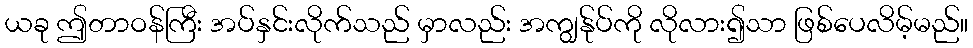
ယခု ဤတာဝန်ကြီး အပ်နှင်းလိုက်သည် မှာလည်း အကျွန်ုပ်ကို လိုလား၍သာ ဖြစ်ပေလိမ့်မည်။